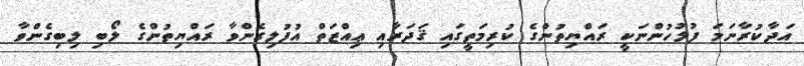
އަދާކުރާނަމަ ފުލުހުންނަކީ ރައްޔިތުންގެ ކުރިމަތީގައި ޤަދަރާއި ޢިއްޒަތް އުފުލިގެންވާ ރައްޔިތުންގެ ލޯބި ލިބިގެންވާ